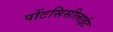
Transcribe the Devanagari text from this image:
पोंटसिसीलाईट